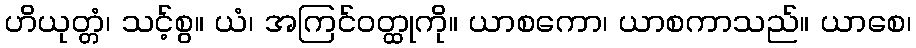
ဟိယုတ္တံ၊ သင့်စွ။ ယံ၊ အကြင်ဝတ္ထုကို။ ယာစကော၊ ယာစကာသည်။ ယာစေ၊